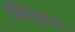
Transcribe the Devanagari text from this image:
सिफ्रा